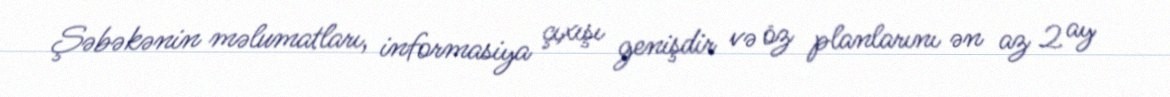
Şəbəkənin məlumatları, informasiya çıxışı genişdir və öz planlarını ən az 2 ay